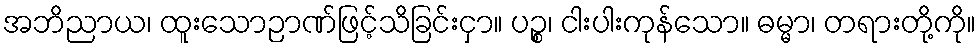
အဘိညာယ၊ ထူးသောဉာဏ်ဖြင့်သိခြင်းငှာ။ ပဉ္စ၊ ငါးပါးကုန်သော။ ဓမ္မာ၊ တရားတို့ကို။